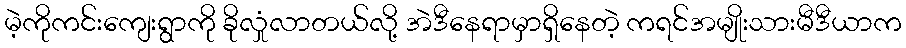
မဲ့ကိုကင်းကျေးရွာကို ခိုလှုံလာတယ်လို့ အဲဒီနေရာမှာရှိနေတဲ့ ကရင်အမျိုးသားမီဒီယာက